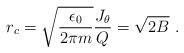
LaTeX: \begin{align*}r_c=\sqrt{{{\epsilon_0}\over{2\pi m}}}{{J_\theta}\over Q}=\sqrt{2B}~.\end{align*}